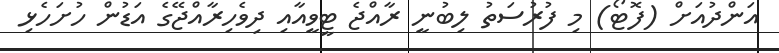
އަންދުއަށް (ފޮޓޯ) މި ފުރުސަތު ލިބުނީ ރާއްޖެ ޓީވީއާއި ދިވެހިރާއްޖޭގެ އަޑުން ހުށަހެޅި